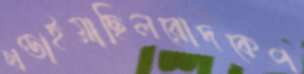
খণ্ডাইয়াছিলরোদকেপ